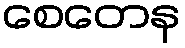
စေတေန